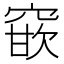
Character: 𮄈